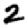
Digit: 2